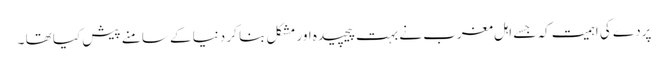
پردے کی اہمیت کہ جسے اہل مغرب نے بہت پیچیدہ اور مشکل بنا کر دنیا کے سامنے پیش کیا تھا ۔